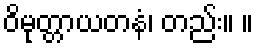
ဝိမုတ္တာယတနံ၊ တည်း။ ။